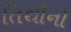
તિથીનો